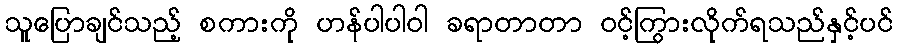
သူပြောချင်သည့် စကားကို ဟန်ပါပါဝါ ခရာတာတာ ဝင့်ကြွားလိုက်ရသည်နှင့်ပင်